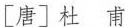
[唐] 杜 甫